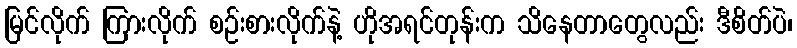
မြင်လိုက် ကြားလိုက် စဉ်းစားလိုက်နဲ့ ဟိုအရင်တုန်းက သိနေတာတွေလည်း ဒီစိတ်ပဲ၊